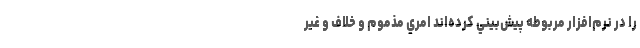
را در نرم‌افزار مربوطه پيش‌بيني كرده‌اند امري مذموم و خلاف و غير